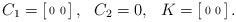
LaTeX: \begin{align*} \begin{array}{lll}C_1 = \left[ \begin{smallmatrix} 0 & 0 \end{smallmatrix} \right], & C_2 = 0, & K = \left[ \begin{smallmatrix} 0 & 0 \end{smallmatrix} \right].\end{array}\end{align*}